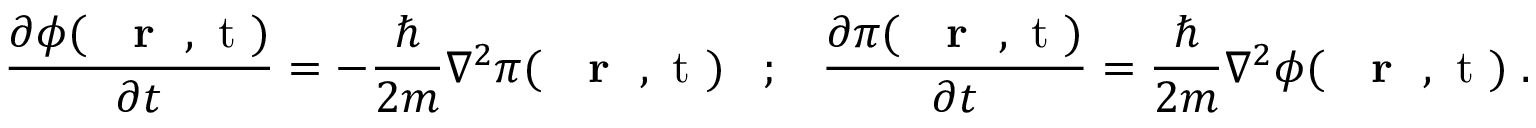
\frac { \partial \phi ( \mathrm { ~ { ~ \bf ~ r ~ } ~ , ~ t ~ } ) } { \partial t } = - \frac { \hbar } { 2 m } \nabla ^ { 2 } \pi ( \mathrm { ~ { ~ \bf ~ r ~ } ~ , ~ t ~ } ) \; \; \; ; \; \; \; \frac { \partial \pi ( \mathrm { ~ { ~ \bf ~ r ~ } ~ , ~ t ~ } ) } { \partial t } = \frac { \hbar } { 2 m } \nabla ^ { 2 } \phi ( \mathrm { ~ { ~ \bf ~ r ~ } ~ , ~ t ~ } ) \; .